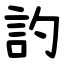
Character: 訋